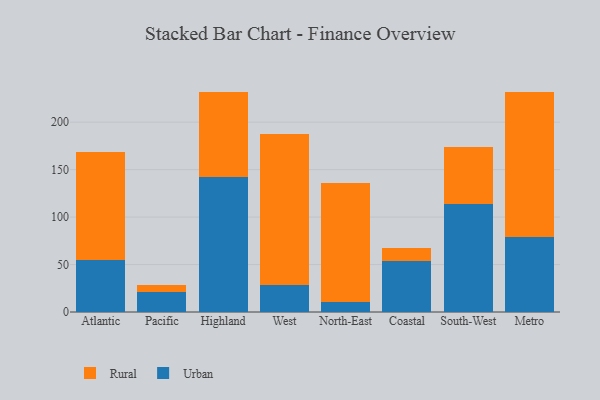
{"axis": {"x": "Region", "y": "Bounce Rate (%)"}, "legend": ["Rural", "Urban"], "data": [{"x": "Atlantic", "y": 54.6, "type": "Urban"}, {"x": "Atlantic", "y": 114.4, "type": "Rural"}, {"x": "Pacific", "y": 20.6, "type": "Urban"}, {"x": "Pacific", "y": 7.8, "type": "Rural"}, {"x": "Highland", "y": 142.1, "type": "Urban"}, {"x": "Highland", "y": 90.1, "type": "Rural"}, {"x": "West", "y": 28.9, "type": "Urban"}, {"x": "West", "y": 159.1, "type": "Rural"}, {"x": "North-East", "y": 10.7, "type": "Urban"}, {"x": "North-East", "y": 125.0, "type": "Rural"}, {"x": "Coastal", "y": 53.8, "type": "Urban"}, {"x": "Coastal", "y": 13.5, "type": "Rural"}, {"x": "South-West", "y": 113.4, "type": "Urban"}, {"x": "South-West", "y": 60.0, "type": "Rural"}, {"x": "Metro", "y": 79.2, "type": "Urban"}, {"x": "Metro", "y": 152.5, "type": "Rural"}]}